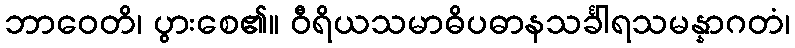
ဘာဝေတိ၊ ပွားစေ၏။ ဝီရိယသမာဓိပဓာနသင်္ခါရသမန္နာဂတံ၊